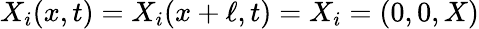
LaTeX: X_{i}(x,t)=X_{i}(x+\ell,t)=X_{i}=(0,0,X)